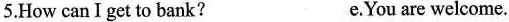
5.How can I get to bank? e.You are welcome.